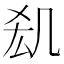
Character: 𠙆